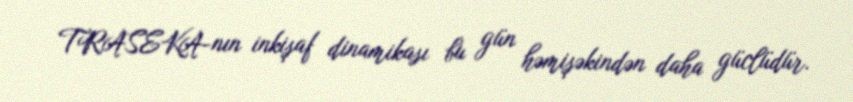
TRASEKA-nın inkişaf dinamikası bu gün həmişəkindən daha güclüdür.